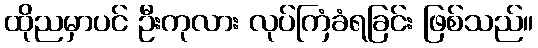
ထိုညမှာပင် ဦးကုလား လုပ်ကြံခံရခြင်း ဖြစ်သည်။